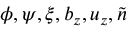
\phi , \psi , \xi , b _ { z } , u _ { z } , \tilde { n }